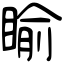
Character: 睮